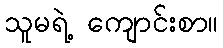
သူမရဲ့ ကျောင်းစာ။